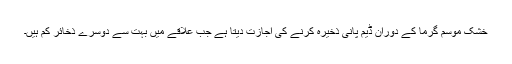
خشک موسم گرما کے دوران ڈیم پانی ذخیرہ کرنے کی اجازت دیتا ہے جب علاقے میں بہت سے دوسرے ذخائر کم ہیں۔